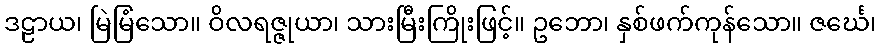
ဒဠာယ၊ မြဲမြံသော။ ဝိလရဇ္ဇုယာ၊ သားမြီးကြိုးဖြင့်။ ဥဘော၊ နှစ်ဖက်ကုန်သော။ ဇင်္ဃေ၊